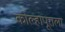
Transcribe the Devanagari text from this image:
कोल्हापूराला